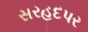
સરહદપર